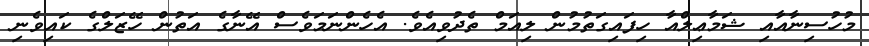
މުހުސިނާއާއި ޝަމާޢިލްއާ ހިފައިގަތުމުން ލިއަމް ތެދުވިއެވެ. އެހެންނަމަވެސް އޭނާގެ އަތުން ހޭޒަލްގެ ކައިވެނި